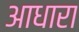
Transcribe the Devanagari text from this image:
आधारा